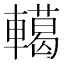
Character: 轕